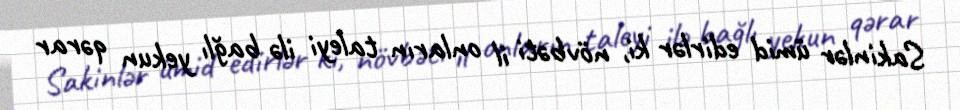
Sakinlər ümid edirlər ki, növbəti il onların taleyi ilə bağlı yekun qərar